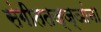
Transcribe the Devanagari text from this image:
संगीततज्ज्ञांना